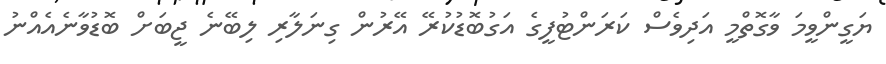
ޔަގީންވީމަ ވާގޮތްމީ އަދިވެސް ކަރަންޓުފީގެ އަގުބޮޑުކުރޭ އޭރުން ގިނަލާރި ލިބޭނެ ޖީބަށް ބޮޑުވާނެއެއްނު